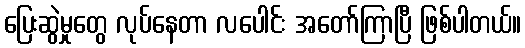
ပြေးဆွဲမှုတွေ လုပ်နေတာ လပေါင်း အတော်ကြာပြီ ဖြစ်ပါတယ်။